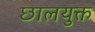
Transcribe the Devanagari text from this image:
छालयुक्त